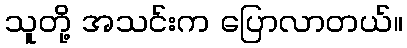
သူတို့ အသင်းက ပြောလာတယ်။